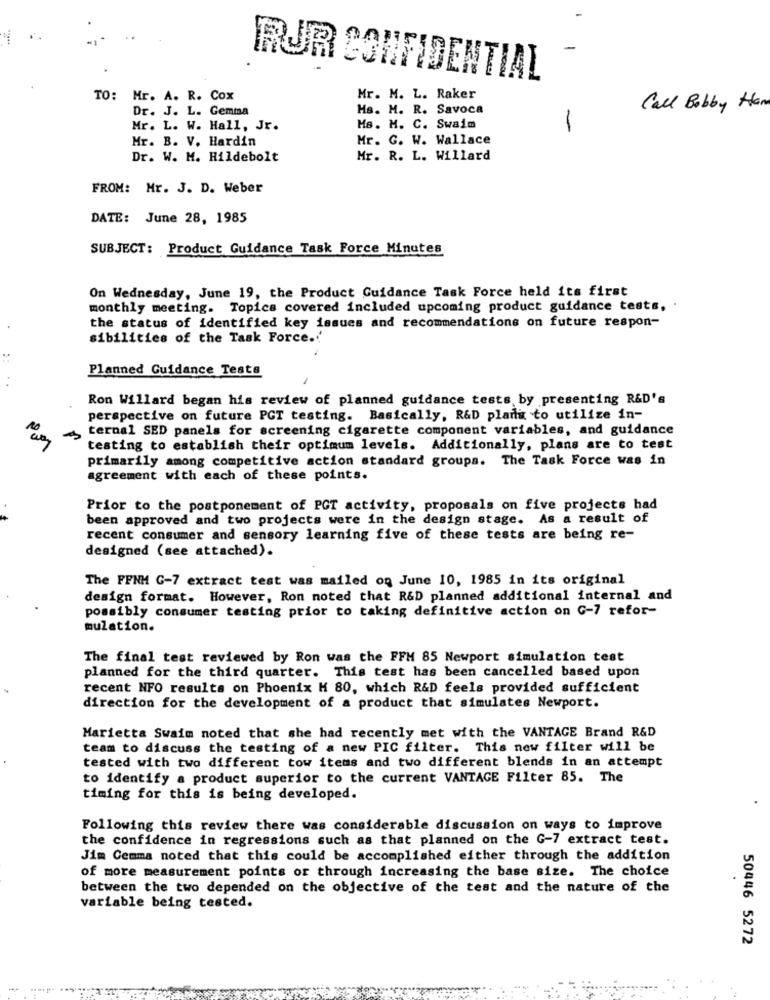
RUR CONFIDENTIAL
TO:
Mr. A. R. Cox
Mr. M. L. Raker
Dr. J. L. Gemma
Hs. M. R. Savoca
Call Bobby Han
Mr. L. W. Hall, Jr.
Ms. M. C. Swaim
Mr. B. V. Hardin
Mr. G. W. Wallace
Dr. W. M. Hildebolt
Mr. R. L. Willard
FROM: Mr. J. D. Weber
DATE: June 28, 1985
SUBJECT: Product Guidance Task Force Minutes
On Wednesday, June 19, the Product Guidance Task Force held its first
monthly meeting. Topics covered included upcoming product guidance tests, .
the status of identified key issues and recommendations on future respon-
sibilities of the Task Force.''
Planned Guidance Tests
Ron Willard began his review of planned guidance tests by presenting R&D's
perspective on future PCT testing. Basically, R&D plari to utilize in-
ternal SED panels for screening cigarette component variables, and guidance
testing to establish their optimum levels. Additionally, plans are to test
primarily among competitive action standard groups. The Task Force was in
agreement with each of these points.
Prior to the postponement of PCT activity, proposals on five projects had
been approved and two projects were in the design stage. As a result of
recent consumer and sensory learning five of these tests are being re-
designed (see attached).
The FFNM G-7 extract test was mailed on June 10, 1985 in its original
design format. However, Ron noted that R&D planned additional internal and
possibly consumer testing prior to taking definitive action on G-7 refor-
mulation.
The final test reviewed by Ron was the FFM 85 Newport simulation test
planned for the third quarter. This test has been cancelled based upon
recent NFO results on Phoenix H 80, which R&D feels provided sufficient
direction for the development of a product that simulates Newport.
Marietta Swaim noted that she had recently met with the VANTAGE Brand R&D
team to discuss the testing of a new PIC filter. This new filter will be
tested with two different tow items and two different blends in an attempt
to identify a product superior to the current VANTAGE Filter 85. The
timing for this is being developed.
Following this review there was considerable discussion on ways to improve
the confidence in regressions such as that planned on the G-7 extract test.
Jim Cemma noted that this could be accomplished either through the addition
of more measurement points or through increasing the base size. The choice
between the two depended on the objective of the test and the nature of the
variable being tested.
50446 5272